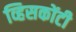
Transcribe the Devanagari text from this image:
व्हिसकोंटी